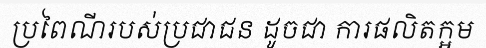
ប្រពៃណីរបស់ប្រជាជន ដូចជា ការផលិតក្អម